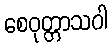
စေဝုတ္တာသဝါ